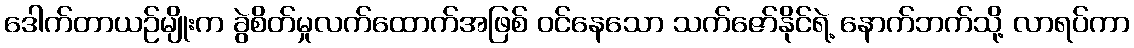
ဒေါက်တာယဉ်မျိုးက ခွဲစိတ်မှုလက်ထောက်အဖြစ် ဝင်နေသော သက်ဇော်နိုင်ရဲ့ နောက်ဘက်သို့ လာရပ်ကာ